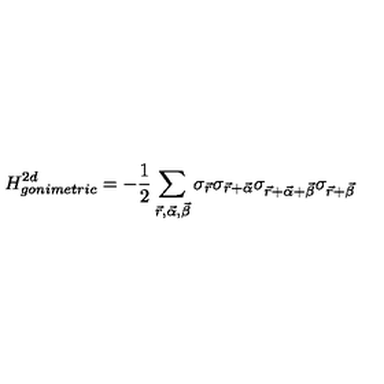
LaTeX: H _ { g o n i m e t r i c } ^ { 2 d } = - \frac { 1 } { 2 } \sum _ { \vec { r } , \vec { \alpha } , \vec { \beta } } \sigma _ { \vec { r } } \sigma _ { \vec { r } + \vec { \alpha } } \sigma _ { \vec { r } + \vec { \alpha } + \vec { \beta } } \sigma _ { \vec { r } + \vec { \beta } }